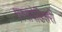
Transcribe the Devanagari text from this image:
एक्सपेडिशरी